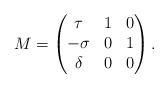
LaTeX: \begin{align*}M =\begin{pmatrix}\tau & 1 & 0 \\- \sigma & 0 & 1 \\\delta & 0 & 0\end{pmatrix}.\end{align*}